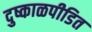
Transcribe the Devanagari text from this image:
दुष्काळपीडित